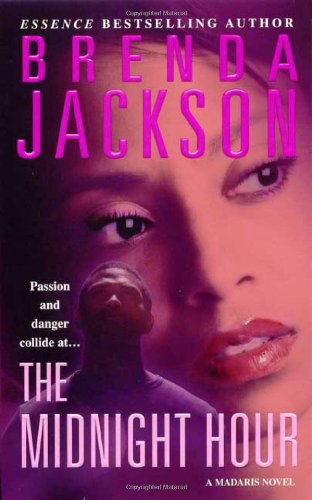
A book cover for The Midnight Hour (Madaris Family Novels); Brenda Jackson; Romance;